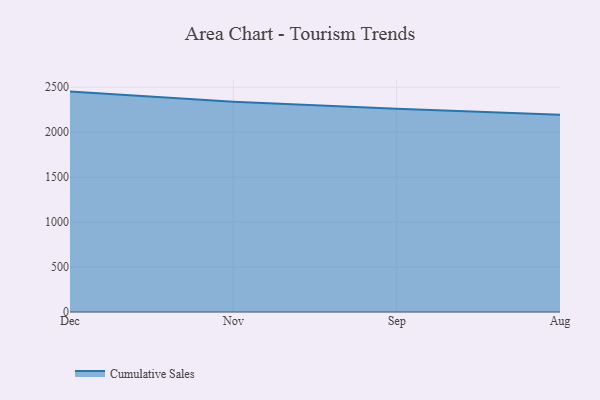
{"axis": {"x": "Month", "y": "Website Visitors"}, "legend": ["Cumulative Sales"], "data": [{"x": "Dec", "y": 2452.1, "type": "Cumulative Sales"}, {"x": "Nov", "y": 2338.2, "type": "Cumulative Sales"}, {"x": "Sep", "y": 2262.1, "type": "Cumulative Sales"}, {"x": "Aug", "y": 2194.9, "type": "Cumulative Sales"}]}